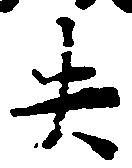
失